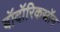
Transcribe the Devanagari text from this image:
बॉदॉरिकस्रॉम